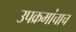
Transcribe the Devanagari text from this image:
उपक्रमांचाच